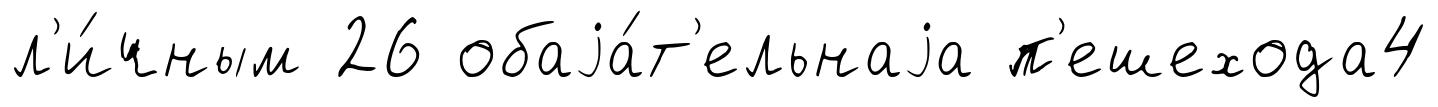
л'и́чным 26 обаjа́т'ельнаjа п'ешехода4